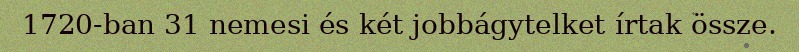
1720-ban 31 nemesi és két jobbágytelket írtak össze.